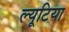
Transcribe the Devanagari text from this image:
ल्यूटिया